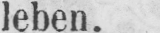
leben.